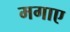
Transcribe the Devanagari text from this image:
मगाए